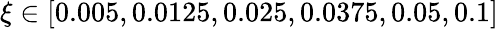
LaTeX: \xi\in[0.005,0.0125,0.025,0.0375,0.05,0.1]